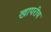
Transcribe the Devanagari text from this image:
खापरीय